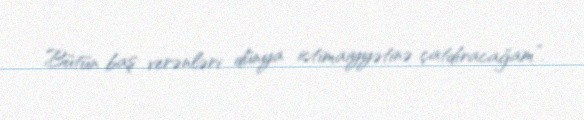
Bütün baş verənləri dünya ictimaiyyətinə çatdıracağam”.